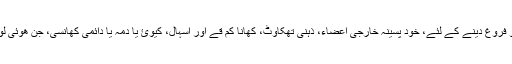
4، ریڈ ginseng استعمال کیا جا سکتا کے لیے جسمانی اور ذہنی خواہش، سانس سانس کو فروغ دینے کے لئے، خود پسینہ خارجی اعضاء، ذہنی تھکاوٹ، کھانا کم قے اور اسہال، کیوئ یا دمہ یا دائمی کھانسی، جن ھُوِئی لوگ پیاس، بے خوابی، ڈراونا سہو، نامردی، تمام خون سوائل جسم کی کمی کی بیماری ہے ۔